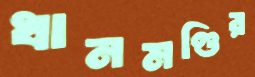
ধানমণ্ডির